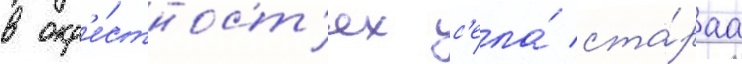
в окр'е́стност'ях с'ела́ ста́раа